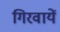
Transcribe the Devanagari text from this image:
गिरवायें